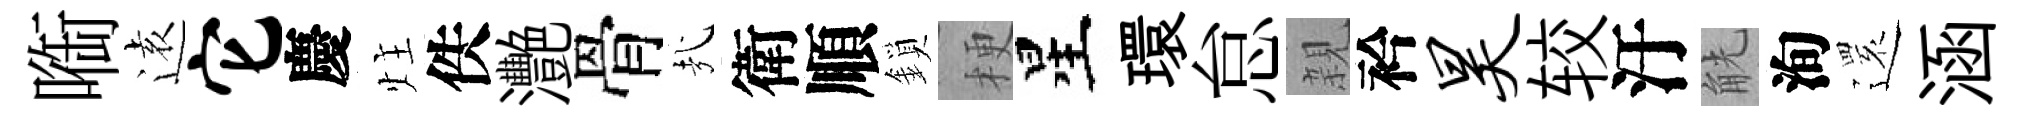
㗸逺它慶炷佚灧骨㢤衛順鎖梗星環怠親衿昊较汙觥洵𮟃涵